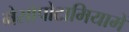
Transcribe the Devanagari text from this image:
मेसोपोटामियामें